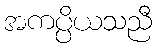
အကပ္ပိယသညီ